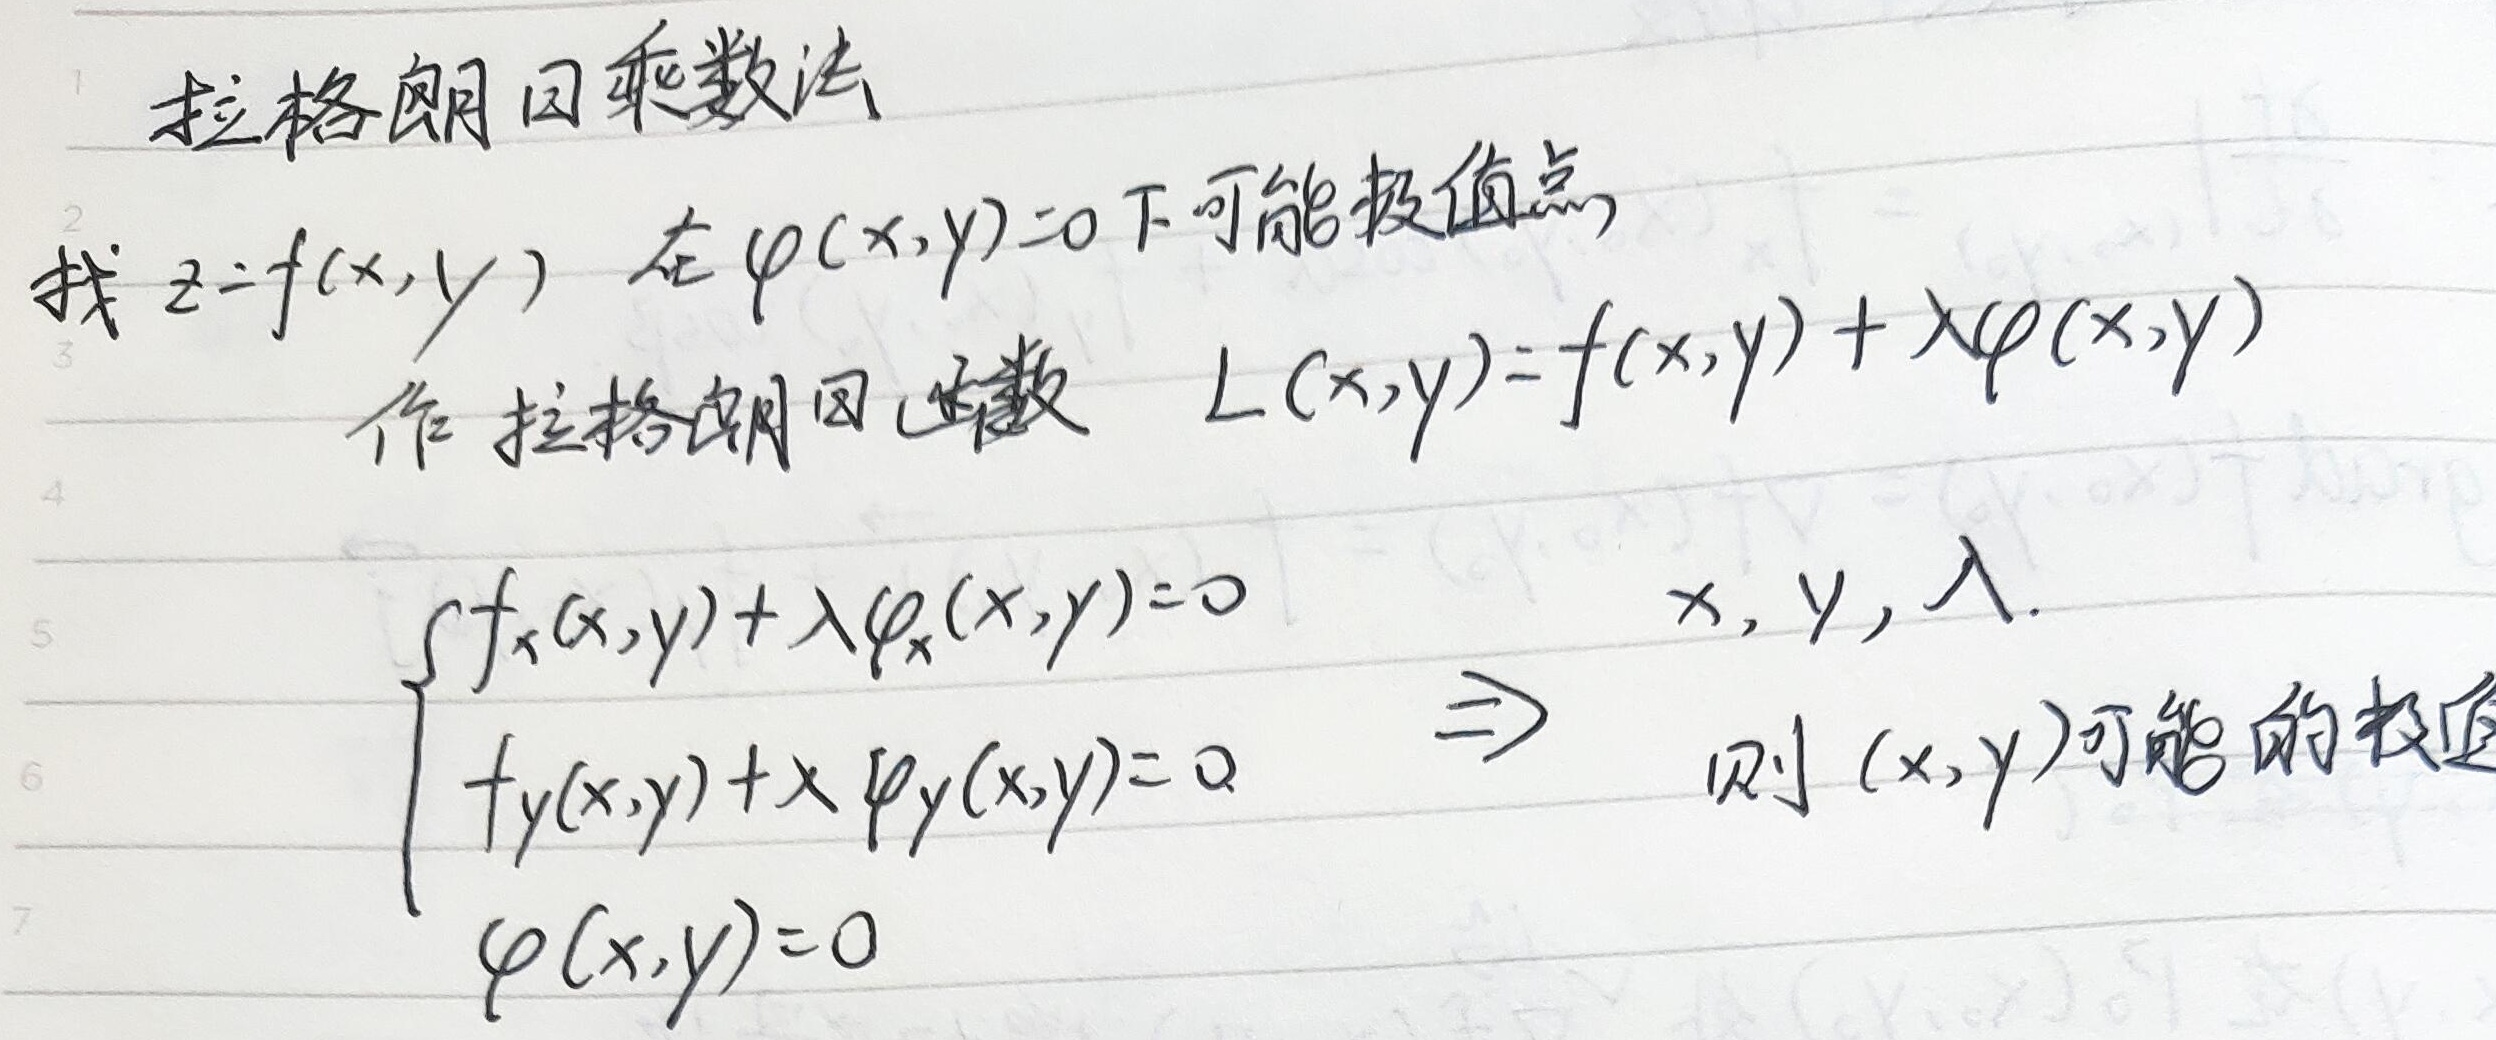
拉格朗日乘数法
找 \(z = f(x, y)\) 在 \(\varphi(x, y)=0\) 下可能极值点，
作 拉格朗日函数 \(L(x, y)=f(x, y)+\lambda\varphi(x, y)\)
\(\begin{cases}
f_x(x, y)+\lambda\varphi_x(x, y)=0\\
f_y(x, y)+\lambda\varphi_y(x, y)=0\\
\varphi(x, y)=0
\end{cases}\) $\Rightarrow$ \(x, y, \lambda.\) 则 \((x, y)\)可能的极值